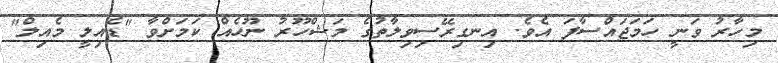
މިހާރު ވަނީ ހަމަޖައްސާފަ އެވެ. އިނގިރޭސިވިލާތުގެ މަޝްހޫރު ނޫހެއް ކަމަށްވާ "ޑެއިލީ މެއިލް"